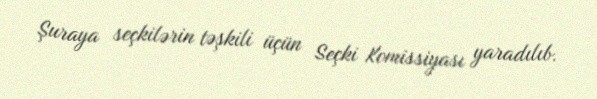
Şuraya seçkilərin təşkili üçün Seçki Komissiyası yaradılıb.